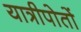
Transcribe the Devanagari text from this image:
यात्रीपोतों